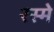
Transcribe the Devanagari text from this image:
रस्मे